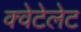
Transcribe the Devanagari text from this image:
क्वेटेलेट